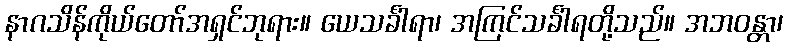
နာဂသိန်ကိုယ်တော်အရှင်ဘုရား။ ယေသင်္ခါရာ၊ အကြင်သင်္ခါရတို့သည်။ အဘဝန္တာ၊